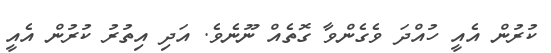
ކުރުން އެއީ ހުއްދަ ވެގެންވާ ގޮތެއް ނޫނެވެ. އަދި އިތުރު ކުރުން އެއީ